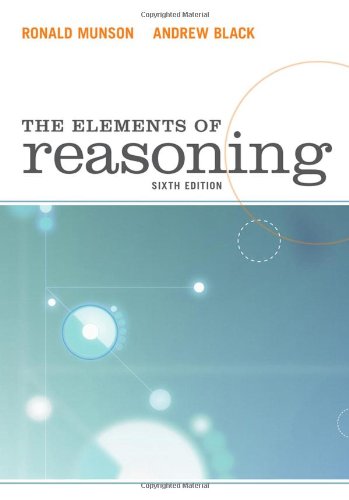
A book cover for The Elements of Reasoning; Ronald Munson; Politics & Social Sciences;